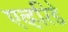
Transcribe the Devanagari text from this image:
एव्हरिडे